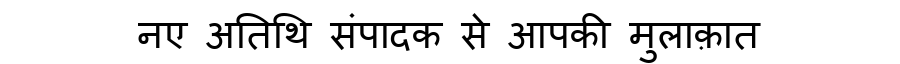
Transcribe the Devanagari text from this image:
नए अतिथि संपादक से आपकी मुलाक़ात